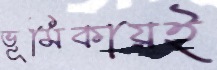
ভূমিকায়ই